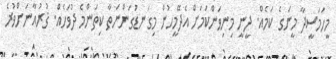
މީހަމަސީދާ މީނަގެ ކަމެއް. ދީނީ މިނިވަންކަމަށް އެދޭމީހުން މިގަނޑުގަންނަތާ ކިތަންމެ ދުވަހެއް. ޤުރުއާނަށްވުރެ